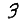
Digit: 3